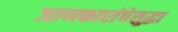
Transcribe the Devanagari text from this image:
जाणकारांचेसुद्धा